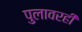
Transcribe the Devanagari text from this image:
पुलावरही